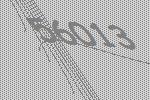
56013